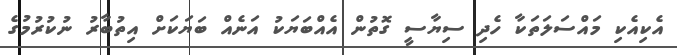
އެކިއެކި މައްސަލަތަކާ ހެދި ސިޔާސީ ގޮތުން އެއްބަޔަކު އަނެއް ބަޔަކަށް އިތުބާރު ނުކުރުމުގެ